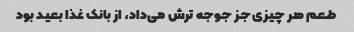
طعم هر چیزی جز جوجه ترش می‌داد، از بانک غذا بعید بود